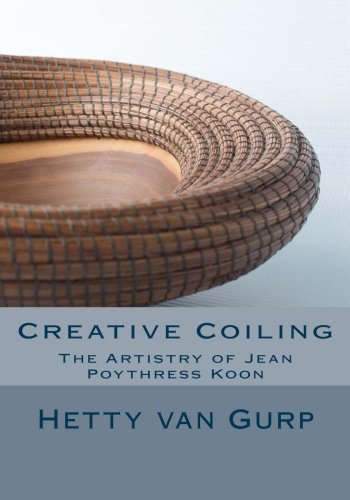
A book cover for Creative Coiling: The Artistry of Jean Poythress Koon; Hetty van Gurp; Crafts, Hobbies & Home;